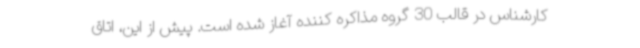
کارشناس در قالب 30 گروه مذاکره کننده آغاز شده است. پیش از این، اتاق